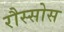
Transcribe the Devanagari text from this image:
रौस्सोस